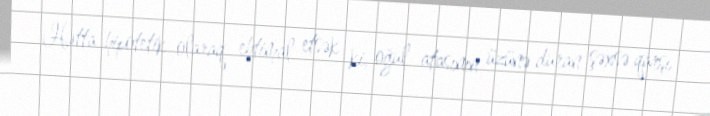
Hətta hipotetik olaraq ehtimal etsək ki, oğul atasının üzünə duran şəxsə qarşı